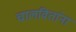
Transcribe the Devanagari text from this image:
चालवितांना